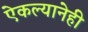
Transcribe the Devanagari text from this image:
ऐकल्यानेही